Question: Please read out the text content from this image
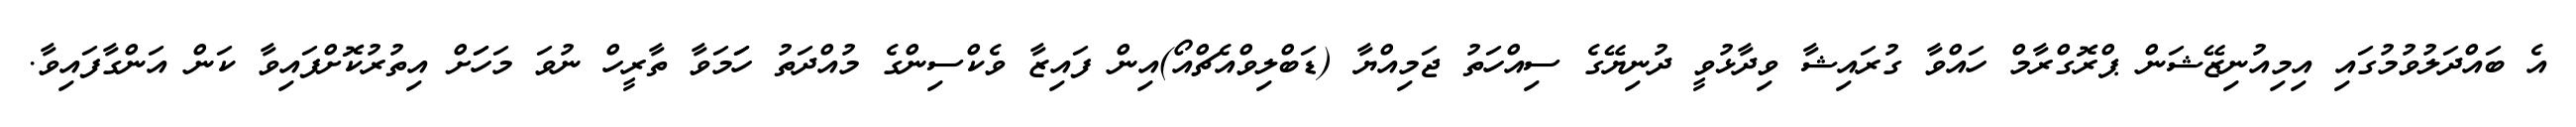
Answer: އެ ބައްދަލުވުމުގައި އިމިއުނިޒޭޝަން ޕްރޮގްރާމް ހައްވާ ގުރައިޝާ ވިދާޅުވީ ދުނިޔޭގެ ސިއްހަތު ޖަމިއްޔާ (ޑަބްލިވްއެޗްއޯ)އިން ފައިޒާ ވެކްސިންގެ މުއްދަތު ހަަމަވާ ތާރީހް ނުވަ މަހަަށް އިތުރުކޮށްފައިވާ ކަން އަންގާފައިވާ.